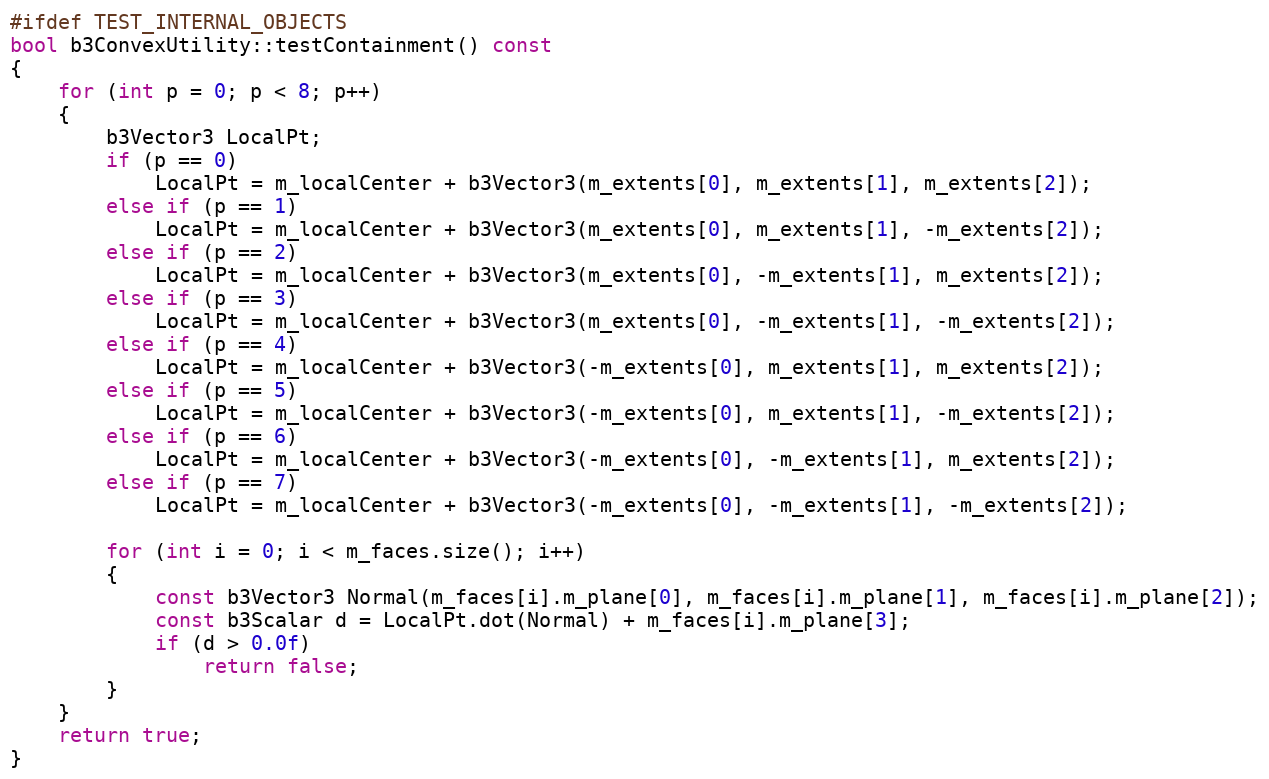
Language: C++
#ifdef TEST_INTERNAL_OBJECTS
bool b3ConvexUtility::testContainment() const
{
	for (int p = 0; p < 8; p++)
	{
		b3Vector3 LocalPt;
		if (p == 0)
			LocalPt = m_localCenter + b3Vector3(m_extents[0], m_extents[1], m_extents[2]);
		else if (p == 1)
			LocalPt = m_localCenter + b3Vector3(m_extents[0], m_extents[1], -m_extents[2]);
		else if (p == 2)
			LocalPt = m_localCenter + b3Vector3(m_extents[0], -m_extents[1], m_extents[2]);
		else if (p == 3)
			LocalPt = m_localCenter + b3Vector3(m_extents[0], -m_extents[1], -m_extents[2]);
		else if (p == 4)
			LocalPt = m_localCenter + b3Vector3(-m_extents[0], m_extents[1], m_extents[2]);
		else if (p == 5)
			LocalPt = m_localCenter + b3Vector3(-m_extents[0], m_extents[1], -m_extents[2]);
		else if (p == 6)
			LocalPt = m_localCenter + b3Vector3(-m_extents[0], -m_extents[1], m_extents[2]);
		else if (p == 7)
			LocalPt = m_localCenter + b3Vector3(-m_extents[0], -m_extents[1], -m_extents[2]);

		for (int i = 0; i < m_faces.size(); i++)
		{
			const b3Vector3 Normal(m_faces[i].m_plane[0], m_faces[i].m_plane[1], m_faces[i].m_plane[2]);
			const b3Scalar d = LocalPt.dot(Normal) + m_faces[i].m_plane[3];
			if (d > 0.0f)
				return false;
		}
	}
	return true;
}